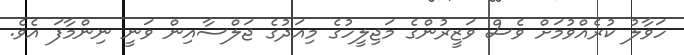
ހަވާލު ކުރެއްވުމަށް ވެސް ވަޒީރުންގެ މަޖިލީހުގެ މިއަދުގެ ޖަލްސާއިން ވަނީ ނިންމާފަ އެވެ.